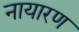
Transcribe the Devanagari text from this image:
नायारण